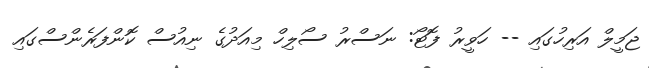
ޖަމީލް އަރިހުގައި -- ހަވީރު ފޮޓޯ: ނަސްރު ސޯލިހް މިއަދުގެ ނިއުސް ކޮންފަރެންސްގައި